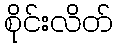
စိုင်းလိတ်